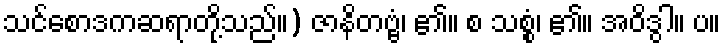
သင်စောဒကဆရာတို့သည်။) ဇာနိတဗ္ဗံ၊ ၏။ စ သစ္စံ၊ ၏။ အဝိဒွါ။ ပ။